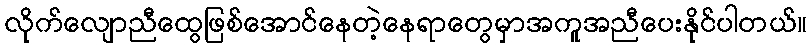
လိုက်လျောညီထွေဖြစ်အောင်နေတဲ့နေရာတွေမှာအကူအညီပေးနိုင်ပါတယ်။